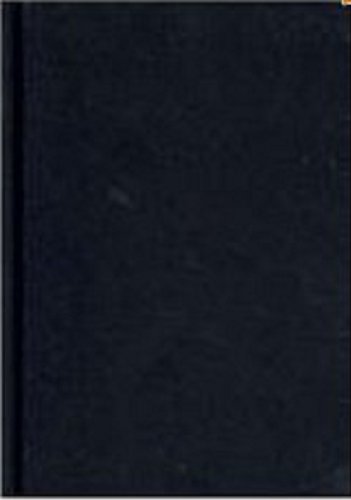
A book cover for Discovering Statistics Using R; Andy Field; Politics & Social Sciences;